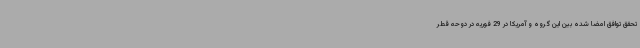
تحقق توافق امضا شده بین این گروه و آمریکا در 29 فوریه در دوحه قطر